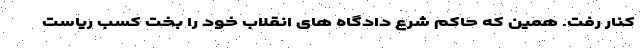
کنار رفت. همین که حاکم شرع دادگاه های انقلاب خود را بخت کسب ریاست